Indian journal of veterinary science and animal husbandry - Volume 11,
Year: 1941
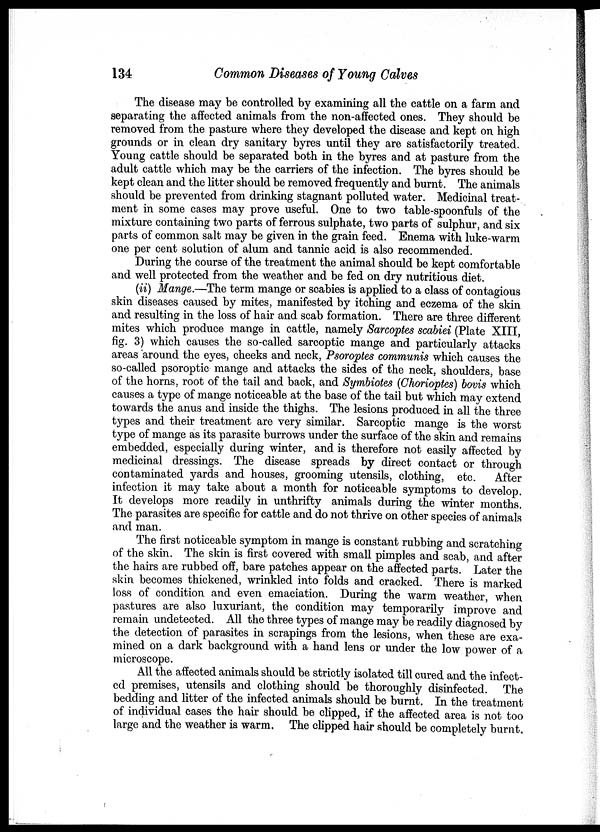
134
Common Diseases of Young Calves
The disease may be controlled by examining all the cattle on a farm and
separating the affected animals from the non-affected ones. They should be
removed from the pasture where they developed the disease and kept on high
grounds or in clean dry sanitary byres until they are satisfactorily treated.
Young cattle should be separated both in the byres and at pasture from the
adult cattle which may be the carriers of the infection. The byres should be
kept clean and the litter should be removed frequently and burnt. The animals
should be prevented from drinking stagnant polluted water. Medicinal treat-
ment in some cases may prove useful. One to two table-spoonfuls of the
mixture containing two parts of ferrous sulphate, two parts of sulphur, and six
parts of common salt may be given in the grain feed. Enema with luke-warm
one per cent solution of alum and tannic acid is also recommended.
During the course of the treatment the animal should be kept comfortable
and well protected from the weather and be fed on dry nutritious diet.
(ii) Mange.—The term mange or scabies is applied to a class of contagious
skin diseases caused by mites, manifested by itching and eczema of the skin
and resulting in the loss of hair and. scab formation. There are three different
mites which produce mange in cattle, namely Sarcoptes scabiei (Plate XIII,
fig. 3) which causes the so-called sarcoptic mange and particularly attacks
areas around the eyes, cheeks and neck, Psoroptes communis which causes the
so-called psoroptic mange and attacks the sides of the neck, shoulders, base
of the horns, root of the tail and back, and Symbiotes (Chorioptes) bovis which
causes a type of mange noticeable at the base of the tail but which may extend
towards the anus and inside the thighs. The lesions produced in all the three
types and their treatment are very similar. Sarcoptic mange is the worst
type of mange as its parasite burrows under the surface of the skin and remains
embedded, especially during winter, and is therefore not easily affected by
medicinal dressings. The disease spreads by direct contact or through
contaminated yards and houses, grooming utensils, clothing, etc.
After
infection it may take about a month for noticeable symptoms to develop.
It develops more readily in unthrifty animals during the winter months.
The parasites are specific for cattle and do not thrive on other species of animals
and man.
The first noticeable symptom in mange is constant rubbing and scratching
of the skin. The skin is first covered with small pimples and scab, and after
the hairs are rubbed off, bare patches appear on the affected parts. Later the
skin becomes thickened, wrinkled into folds and cracked. There is marked
loss of condition and even emaciation. During the warm weather, when
pastures are also luxuriant, the condition may temporarily improve and
remain undetected. All the three types of mange may be readily diagnosed by
the detection of parasites in scrapings from the lesions, when these are exa-
mined on a dark background with a hand lens or under the low power of a
microscope.
All the affected animals should be strictly isolated till cured and the infect-
ed premises, utensils and clothing should be thoroughly disinfected. The
bedding and litter of the infected animals should be burnt. In the treatment
of individual cases the hair should be clipped, if the affected area is not too
large and the weather is warm. The clipped hair should be completely burnt.